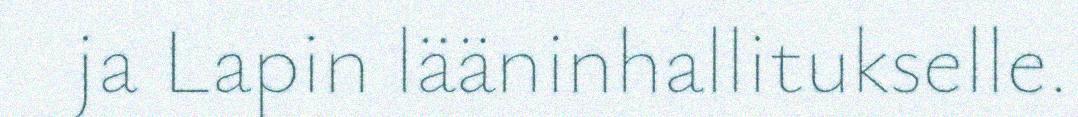
ja Lapin lääninhallitukselle.